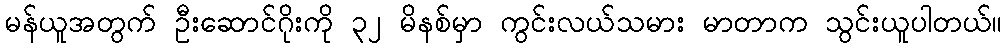
မန်ယူအတွက် ဦးဆောင်ဂိုးကို ၃၂ မိနစ်မှာ ကွင်းလယ်သမား မာတာက သွင်းယူပါတယ်။